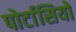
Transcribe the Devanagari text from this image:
पोर्टासियो